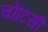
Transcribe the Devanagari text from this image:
चोटिसी